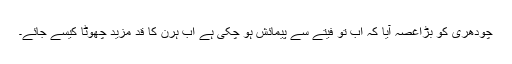
چودھری کو بڑاغصہ آیا کہ اب تو فیتے سے پیمائش ہو چکی ہے اب ہرن کا قد مزید چھوٹا کیسے جائے۔